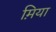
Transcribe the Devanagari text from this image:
म़िया